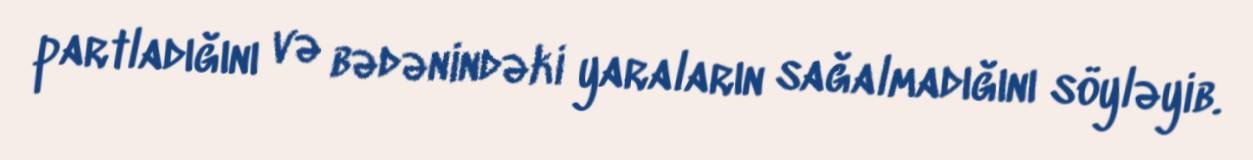
partladığını və bədənindəki yaraların sağalmadığını söyləyib.